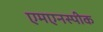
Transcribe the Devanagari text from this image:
एमएनस्पीक